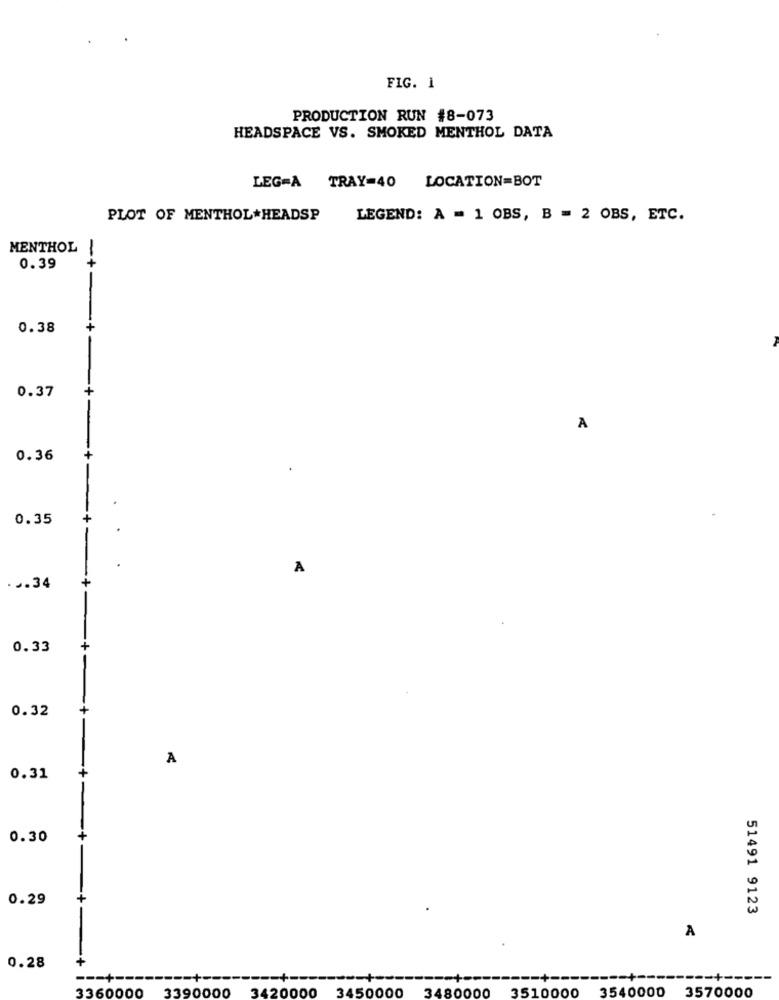
FIG. 1
PRODUCTION RUN #8-073
HEADSPACE VS. SMOKED MENTHOL DATA
LEG=A TRAY=40 LOCATION=BOT
PLOT OF MENTHOL*HEADSP
LEGEND: A = 1 OBS, B = 2 OBS, ETC.
MENTHOL
0.39
-+-
0.38
+
0.37
A
0.36
0.35
+
A
+
. .. 34
0.33
+
0.32
A
0.31
0.30
0.29
51491 9123
A
0.28
-- +
3360000
3390000
3420000
3450000
3540000
3570000
3480000
3510000